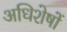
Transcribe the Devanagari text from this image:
अधिशेषों